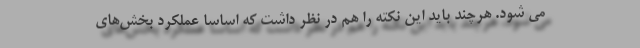
می شود. هرچند باید این نکته را هم در نظر داشت که اساسا عملکرد بخش‌های